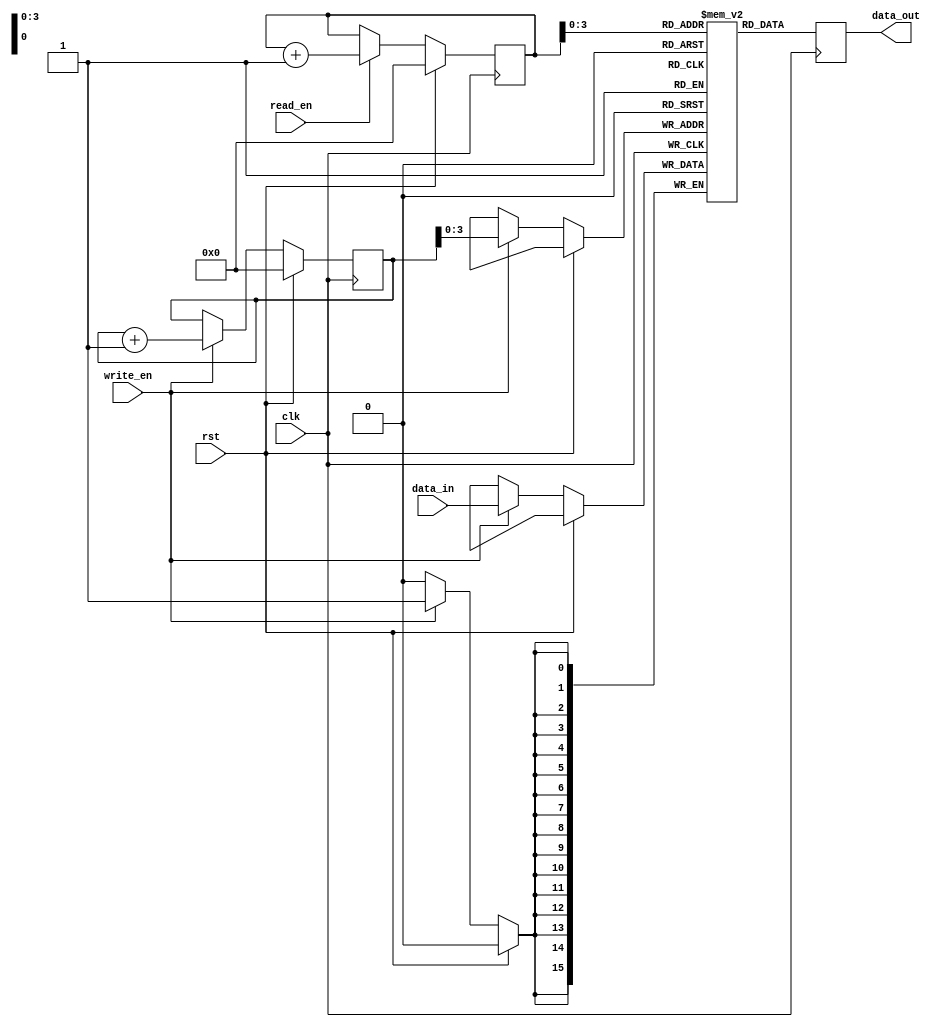
module fifo_buffer (
    input wire clk,
    input wire rst,
    input wire write_en,
    input wire read_en,
    input wire [15:0] data_in,
    output reg [15:0] data_out
);

// Parameters
parameter DEPTH = 16;

// Dual-port RAM with one write port and one read port
reg [15:0] ram [0:DEPTH-1];

// Write pointer
reg [4:0] write_ptr = 0;

always @(posedge clk) begin
    if (rst) begin
        write_ptr <= 0;
    end else if (write_en) begin
        ram[write_ptr] <= data_in;
        write_ptr <= write_ptr + 1;
    end
end

// Timing control block for read pointer
reg [4:0] read_ptr = 0;

always @(posedge clk) begin
    if (rst) begin
        read_ptr <= 0;
    end else if (read_en) begin
        read_ptr <= read_ptr + 1;
    end
end

// Synchronization block
always @(posedge clk) begin
    data_out <= ram[read_ptr];
end

endmodule